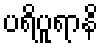
ပရိပူရာနိ